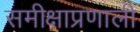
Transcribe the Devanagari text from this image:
समीक्षाप्रणाली